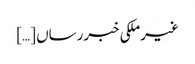
غیرملکی خبررساں […]